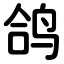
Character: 鸽